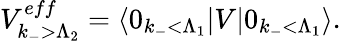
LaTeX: V_{k_{-}>\Lambda_{2}}^{eff}=\langle 0_{k_{-}<\Lambda_{1}}|V|0_{k_{-}<\Lambda_{1}}\rangle.